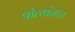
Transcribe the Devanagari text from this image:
श्रोत्यांनाच